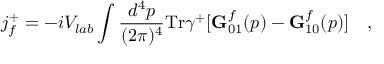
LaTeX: j _ { f } ^ { + } = - i V _ { l a b } \int { \frac { d ^ { 4 } p } { ( 2 \pi ) ^ { 4 } } } \mathrm { T r } \gamma ^ { + } [ { \bf G } _ { 0 1 } ^ { f } ( p ) - { \bf G } _ { 1 0 } ^ { f } ( p ) ] ~ ~ ~ ,